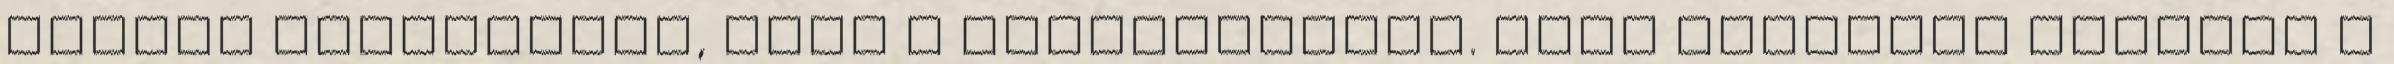
érdekű szarkavaró, mint a mesevilágban. Neki igazából mindegy a